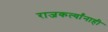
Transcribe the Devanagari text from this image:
राजकर्त्यांनाही